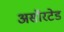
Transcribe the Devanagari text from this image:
असॉरटेड